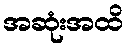
အဆုံးအထိ